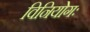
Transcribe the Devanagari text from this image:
विनियोगः